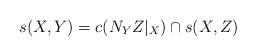
LaTeX: \begin{align*}s(X,Y) = c(N_YZ|_X)\cap s(X,Z)\end{align*}